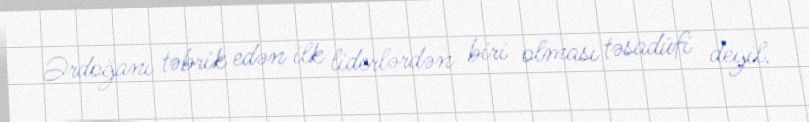
Ərdoğanı təbrik edən ilk liderlərdən biri olması təsadüfi deyil.